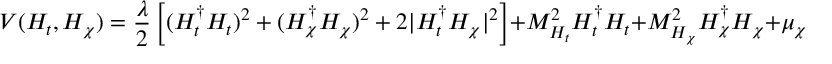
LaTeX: V ( H _ { t } , H _ { \chi } ) = \frac { \lambda } { 2 } \left[ ( H _ { t } ^ { \dagger } H _ { t } ) ^ { 2 } + ( H _ { \chi } ^ { \dagger } H _ { \chi } ) ^ { 2 } + 2 | H _ { t } ^ { \dagger } H _ { \chi } | ^ { 2 } \right] + M _ { H _ { t } } ^ { 2 } H _ { t } ^ { \dagger } H _ { t } + M _ { H _ { \chi } } ^ { 2 } H _ { \chi } ^ { \dagger } H _ { \chi } + \mu _ { \chi \chi } \mu _ { \chi t } \left( H _ { t } ^ { \dagger } H _ { \chi } + \mathrm { h . c . } \right) ~ .